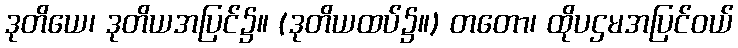
ဒုတိယေ၊ ဒုတိယအပြင်၌။ (ဒုတိယထပ်၌။) တတော၊ ထိုပဌမအပြင်ဝယ်